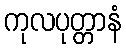
ကုလပုတ္တာနံ